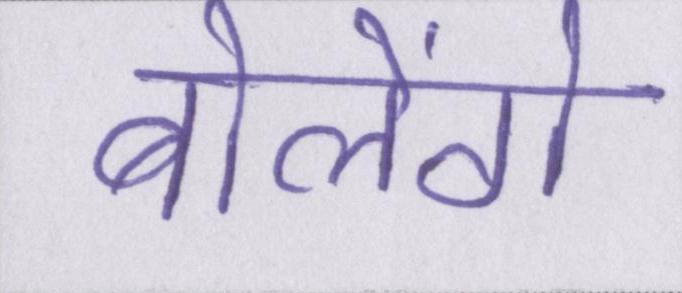
बोलेंगे